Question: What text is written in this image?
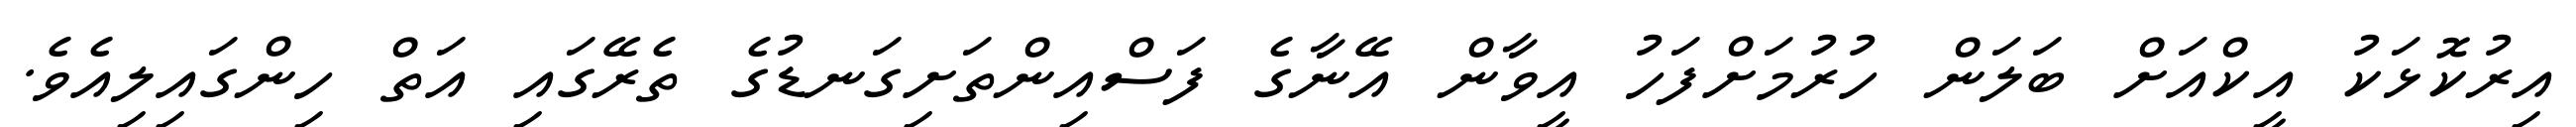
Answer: އިރުކޮޅަކު އީކްއަށް ބަލަން ހުރުމަށްފަހު އީވާން އޭނާގެ ފަސްއިންތަށިގަނޑުގެ ތެރޭގައި އަތް ހިންގައިލިއެވެ.